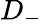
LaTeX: D_{-}